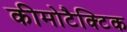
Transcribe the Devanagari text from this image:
कीमोटैक्टिक